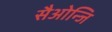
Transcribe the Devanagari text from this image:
सैओन्जि